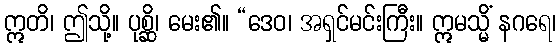
ဣတိ၊ ဤသို့။ ပုစ္ဆိ၊ မေး၏။ “ဒေဝ၊ အရှင်မင်းကြီး။ ဣမသ္မိံ နဂရေ၊